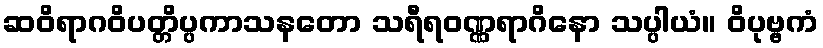
ဆဝိရာဂဝိပတ္တိပ္ပကာသနတော သရီရဝဏ္ဏရာဂိနော သပ္ပါယံ။ ဝိပုဗ္ဗကံ